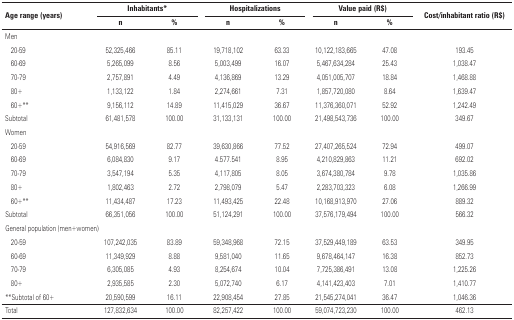
<table><thead><tr><td rowspan="2" colspan="2"><b>Age range (years)</b></td><td colspan="2"><b>Inhabitants*</b></td><td colspan="2"><b>Hospitalizations</b></td><td colspan="2"><b>Value paid (R$)</b></td><td rowspan="2"><b>Cost/inhabitant ratio (R$)</b></td></tr><tr><td><b>n</b></td><td><b>%</b></td><td><b>n</b></td><td><b>%</b></td><td><b>n</b></td><td><b>%</b></td></tr></thead><tbody><tr><td colspan="9">Men</td></tr><tr><td></td><td>20–59</td><td>52,325,466</td><td>85.11</td><td>19,718,102</td><td>63.33</td><td>10,122,183,665</td><td>47.08</td><td>193.45</td></tr><tr><td></td><td>60–69</td><td>5,265,099</td><td>8.56</td><td>5,003,499</td><td>16.07</td><td>5,467,634,284</td><td>25.43</td><td>1,038.47</td></tr><tr><td></td><td>70–79</td><td>2,757,891</td><td>4.49</td><td>4,136,869</td><td>13.29</td><td>4,051,005,707</td><td>18.84</td><td>1,468.88</td></tr><tr><td></td><td>80+</td><td>1,133,122</td><td>1.84</td><td>2,274,661</td><td>7.31</td><td>1,857,720,080</td><td>8.64</td><td>1,639.47</td></tr><tr><td></td><td>60+**</td><td>9,156,112</td><td>14.89</td><td>11,415,029</td><td>36.67</td><td>11,376,360,071</td><td>52.92</td><td>1,242.49</td></tr><tr><td colspan="2">Subtotal</td><td>61,481,578</td><td>100.00</td><td>31,133,131</td><td>100.00</td><td>21,498,543,736</td><td>100.00</td><td>349.67</td></tr><tr><td colspan="9">Women</td></tr><tr><td></td><td>20–59</td><td>54,916,569</td><td>82.77</td><td>39,630,866</td><td>77.52</td><td>27,407,265,524</td><td>72.94</td><td>499.07</td></tr><tr><td></td><td>60–69</td><td>6,084,830</td><td>9.17</td><td>4.577.541</td><td>8.95</td><td>4,210,829,863</td><td>11.21</td><td>692.02</td></tr><tr><td></td><td>70–79</td><td>3,547,194</td><td>5.35</td><td>4,117,805</td><td>8.05</td><td>3,674,380,784</td><td>9.78</td><td>1,035.86</td></tr><tr><td></td><td>80+</td><td>1,802,463</td><td>2.72</td><td>2,798,079</td><td>5.47</td><td>2,283,703,323</td><td>6.08</td><td>1,266.99</td></tr><tr><td></td><td>60+**</td><td>11,434,487</td><td>17.23</td><td>11,493,425</td><td>22.48</td><td>10,168,913,970</td><td>27.06</td><td>889.32</td></tr><tr><td colspan="2">Subtotal</td><td>66,351,056</td><td>100.00</td><td>51,124,291</td><td>100.00</td><td>37,576,179,494</td><td>100.00</td><td>566.32</td></tr><tr><td colspan="9">General population (men+women)</td></tr><tr><td></td><td>20–59</td><td>107,242,035</td><td>83.89</td><td>59,348,968</td><td>72.15</td><td>37,529,449,189</td><td>63.53</td><td>349.95</td></tr><tr><td></td><td>60–69</td><td>11,349,929</td><td>8.88</td><td>9,581,040</td><td>11.65</td><td>9,678,464,147</td><td>16.38</td><td>852.73</td></tr><tr><td></td><td>70–79</td><td>6,305,085</td><td>4.93</td><td>8,254,674</td><td>10.04</td><td>7,725,386,491</td><td>13.08</td><td>1,225.26</td></tr><tr><td></td><td>80+</td><td>2,935,585</td><td>2.30</td><td>5,072,740</td><td>6.17</td><td>4,141,423,403</td><td>7.01</td><td>1,410.77</td></tr><tr><td></td><td>**Subtotal of 60+</td><td>20,590,599</td><td>16.11</td><td>22,908,454</td><td>27.85</td><td>21,545,274,041</td><td>36.47</td><td>1,046.36</td></tr><tr><td colspan="2">Total</td><td>127,832,634</td><td>100.00</td><td>82,257,422</td><td>100.00</td><td>59,074,723,230</td><td>100.00</td><td>462.13</td></tr></tbody></table>